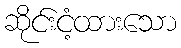
ဆိုင်းငံ့ထားသော